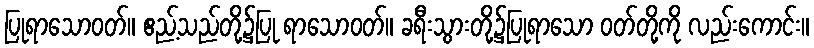
ပြုရာသောဝတ်။ ဧည့်သည်တို့၌ပြု ရာသောဝတ်။ ခရီးသွားတို့၌ပြုရာသော ဝတ်တို့ကို လည်းကောင်း။